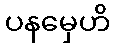
ပနမှေဟိ